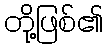
တို့ဖြစ်၏